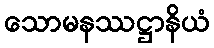
သောမနဿဋ္ဌာနိယံ